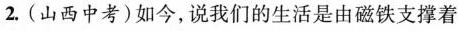
2.(山西中考)如今，说我们的生活是由磁铁支撑着